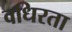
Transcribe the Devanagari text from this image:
वधिरता